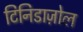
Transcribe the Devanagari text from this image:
टिनिडाज़ोल